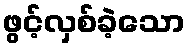
ဖွင့်လှစ်ခဲ့သော